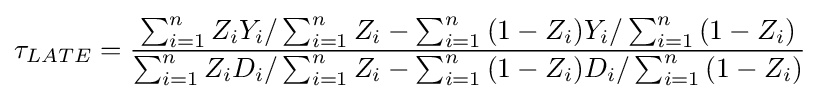
\tau _{LATE}={\frac {\sum _{i=1}^{n}{Z_{i}}{Y_{i}}/\sum _{i=1}^{n}{Z_{i}}-\sum _{i=1}^{n}{(1-Z_{i})}{Y_{i}}/\sum _{i=1}^{n}{(1-Z_{i})}}{\sum _{i=1}^{n}{Z_{i}}{D_{i}}/\sum _{i=1}^{n}{Z_{i}}-\sum _{i=1}^{n}{(1-Z_{i})}{D_{i}}/\sum _{i=1}^{n}{(1-Z_{i})}}}